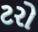
ટરો